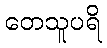
တေသူပရိ